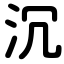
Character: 沉